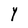
Character: Y